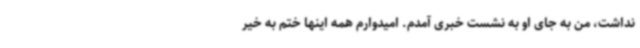
نداشت، من به جای او به نشست خبری آمدم. امیدوارم همه اینها ختم به خیر